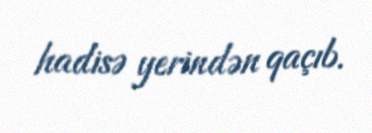
hadisə yerindən qaçıb.